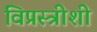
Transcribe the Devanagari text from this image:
विप्रस्त्रीशी